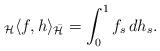
LaTeX: \begin{align*}_{\mathcal{H}}\langle f,h\rangle_{\bar{\mathcal{H}}}=\int_{0}^{1}f_{s} \, dh_{s}.\end{align*}